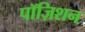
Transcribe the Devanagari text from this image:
पॉज़िशन